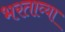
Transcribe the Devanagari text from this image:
भरताव्या